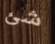
شئ